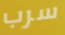
سرب